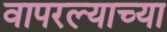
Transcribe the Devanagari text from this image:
वापरल्याच्या